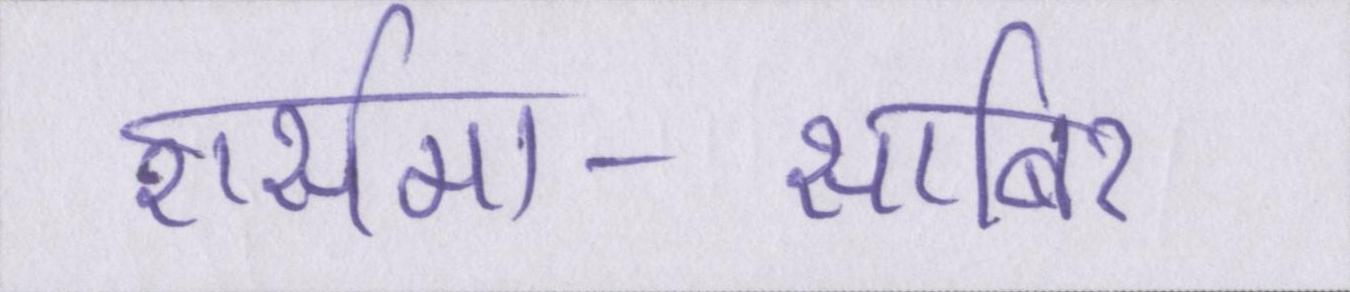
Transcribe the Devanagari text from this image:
शर्समा-साबिर